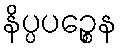
နိပ္ပပဉ္စေန